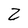
Character: Z